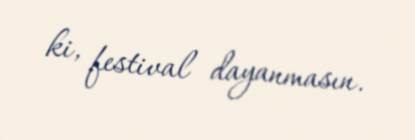
ki, festival dayanmasın.